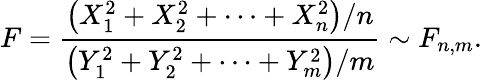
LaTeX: F={\frac{\left(X_{1}^{2}+X_{2}^{2}+\cdots+X_{n}^{2}\right)/n}{\left(Y_{1}^{2}+Y_{2}^{2}+\cdots+Y_{m}^{2}\right)/m}}\sim F_{n,m}.